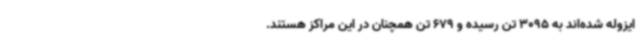
ایزوله شده‌اند به 3095 تن رسیده و 679 تن همچنان در این مراکز هستند.